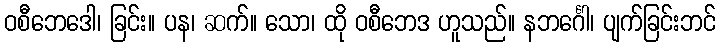
ဝစီဘေဒေါ၊ ခြင်း။ ပန၊ ဆက်။ သော၊ ထို ဝစီဘေဒ ဟူသည်။ နဘင်္ဂေါ၊ ပျက်ခြင်းဘင်